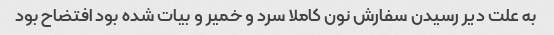
به علت دیر رسیدن سفارش نون کاملا سرد و خمیر و بیات شده بود افتضاح بود